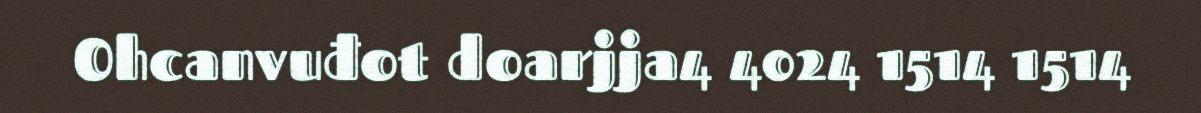
Ohcanvuđot doarjja4 4024 1514 1514